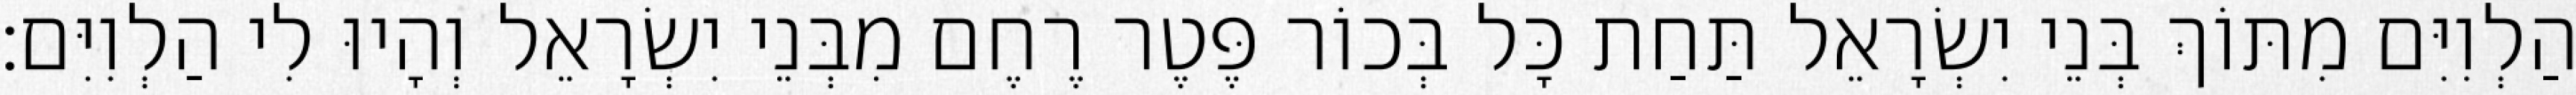
הַלְוִיִּם מִתּוֹךְ בְּנֵי יִשְׂרָאֵל תַּחַת כָּל בְּכוֹר פֶּטֶר רֶחֶם מִבְּנֵי יִשְׂרָאֵל וְהָיוּ לִי הַלְוִיִּם׃